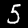
Label: 5